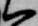
一